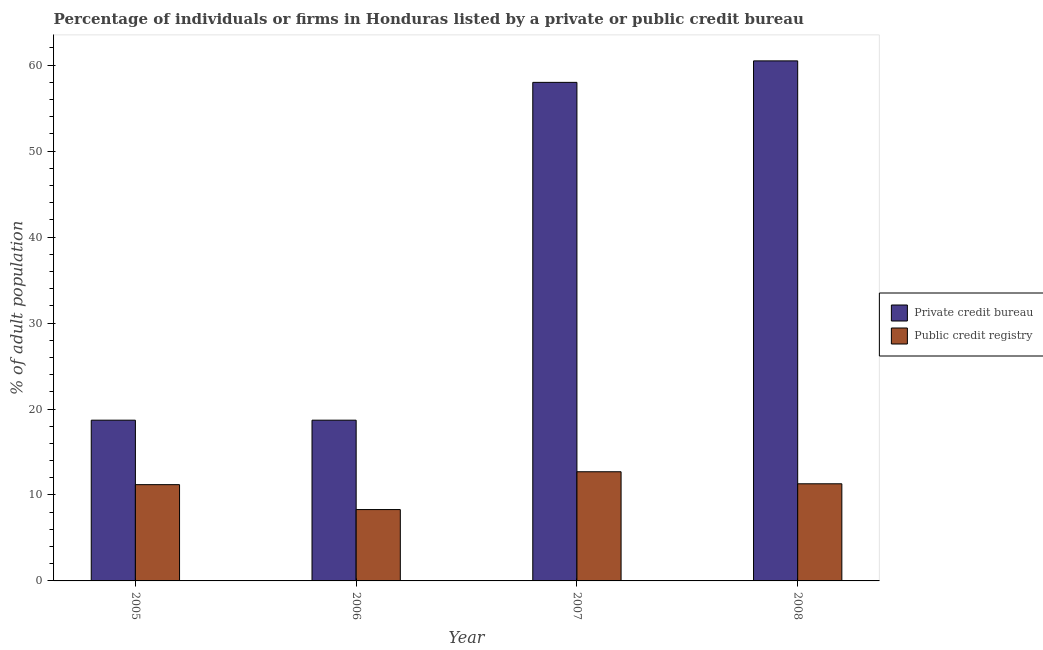
| Year | Private credit bureau | Public credit registry |
 | --- | --- | --- |
 | 2005 | 18.7 | 11.2 |
 | 2006 | 18.7 | 8.3 |
 | 2007 | 58 | 12.7 |
 | 2008 | 60.5 | 11.3 |